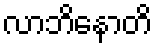
လာဘိနောတိ